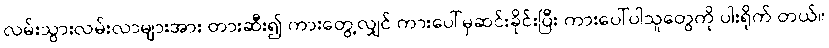
လမ်းသွားလမ်းလာများအား တားဆီး၍ ကားတွေ့လျှင် ကားပေါ်မှဆင်းခိုင်းပြီး ကားပေါ်ပါသူတွေကို ပါးရိုက် တယ်။